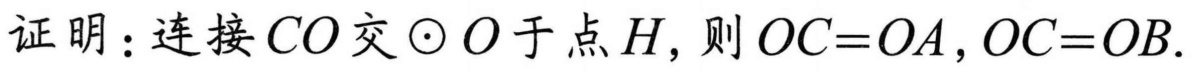
证明：连接 \(CO\) 交 \(\odot O\) 于点 \(H\), 则 \(OC = OA ,OC = OB\).